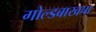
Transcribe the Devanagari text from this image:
गोल्डबाखचा